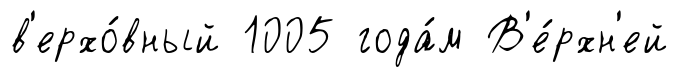
в'ерхо́вный 1005 года́м В'е́рхн'ей